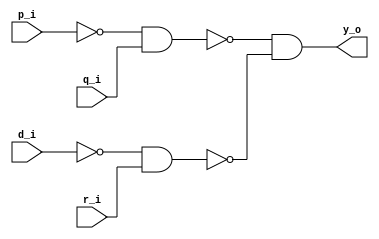
//--------------------------------------------------------------------------------
// Dependencies : 
// Description  : Implement (P + Q').(R' + D) using 2 input NAND gates
//--------------------------------------------------------------------------------

module logic_eqn_using_nand(
  input  p_i, // Input P
  input  q_i, // Input Q
  input  r_i, // Input R
  input  d_i, // Input D
  output y_o  // Output
);

  wire p_n, d_n; // Inverted Inputs
  wire [1:0] y; // Intermediate wires
  wire       y_n;
  
  // Combinational Logic
  // Inverted Inputs
  nand nand_0(p_n, p_i, p_i);
  nand nand_1(d_n, d_i, d_i);
  
  // Stage 0
  nand nand_2(y[0], p_n, q_i);
  nand nand_3(y[1], d_n, r_i);

  // Stage 3
  nand nand_4(y_n, y[0], y[1]);
  
  // Output Stage
  nand nand_5(y_o, y_n, y_n);
  
endmodule